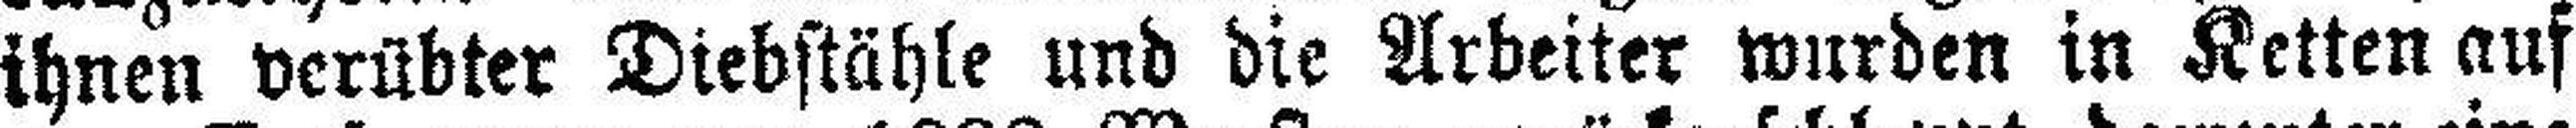
ihnen verübter Diebstähle und die Arbeiter wurden in Ketten auf